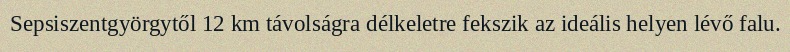
Sepsiszentgyörgytől 12 km távolságra délkeletre fekszik az ideális helyen lévő falu.